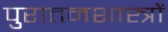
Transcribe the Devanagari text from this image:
पुरातनशास्त्रों